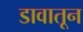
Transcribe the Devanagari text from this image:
डावातून